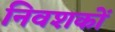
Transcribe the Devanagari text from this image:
निवशकों